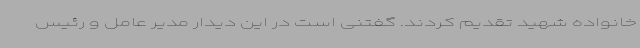
خانواده شهید تقدیم کردند. گفتنی است در این دیدار مدیر عامل و رئیس